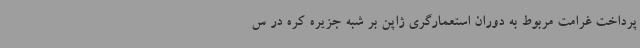
پرداخت غرامت مربوط به دوران استعمارگری ژاپن بر شبه جزیره کره در س